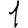
Digit: 1